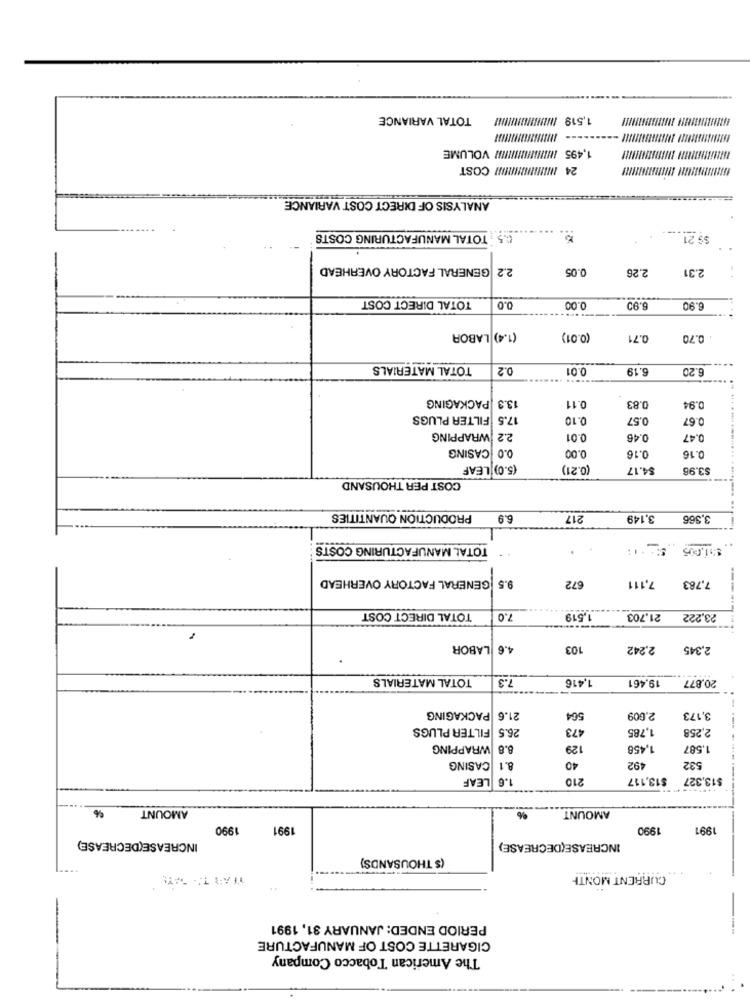
TOTAL VARIANCE
1,519 /HERE/ !!!!!!!
1,495 MINIININIIIII// VOLUME
24 ININHINHINW COST
ANALYSIS OF DIRECT COST VARIANCE
.....
.. G.5. TOTAL MANUFACTURING COSTS
$$ 21
2.2 GENERAL FACTORY OVERHEAD
.05
2.26
2.31
TOTAL DIRECT COST
0.0
0.00
.90
8.90
(1.4) LABOR
(0.01)
0.71
0.70
TOTAL MATERIALS
0.2
0.01
6.19
6.20
PACKAGING
13.3
0.11
0.83
0.94
17.5 FILTER PLUGS
0.10
0.57
0.67
2.2 WRAPPING
0.01
0.46
0.47
0.0 CASING
0.00
0.16
0.16
(5.0) LEAF
0.21)
$4.17
$3.96
COST PER THOUSAND
PRODUCTION QUANTITIES
6.9
217
3,149
3,366
TOTAL MANUFACTURING COSTS
$ $1.005
9.5 GENERAL FACTORY OVERHEAD
7,111
672
7,783
TOTAL DIRECT COST
7.0
1,519
21,703
23,222
-------
4.6 LABOR
103
2,242
2,345
TOTAL MATERIALS
7.3
1,416
19.461
20.877
PACKAGING
21.6
564
2.609
3,173
26.5 FILTER PLUGS
473
1,785
2,258
8.8 WRAPPING
129
1,458
1.587
8.1
CASING
40
492
532
LEAF
1.6
210
$13,117
$13,327
%
AMOUNT
AMOUNT
1990
1991
1990
1991
INCREASE(DECREASE)
INCREASE(DECREASE)
($ THOUSANDS)
CURRENT MONTH
PERIOD ENDED: JANUARY 31, 1991
CIGARETTE COST OF MANUFACTURE
The American Tobacco Company